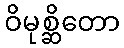
ဝိမုစ္ဆိတော